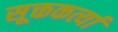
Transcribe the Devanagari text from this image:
सूक्तकर्त्या